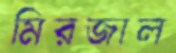
মিরজাল